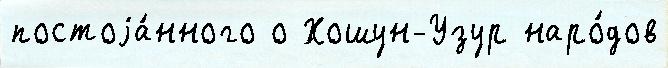
постоjа́нного о Хошун-Узур наро́дов